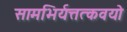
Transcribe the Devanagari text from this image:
सामभिर्यत्तत्कवयो